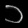
Digit: ၁